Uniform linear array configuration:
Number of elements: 16
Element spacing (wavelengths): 1
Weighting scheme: blackman
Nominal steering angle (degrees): -15
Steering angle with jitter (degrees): -15.591
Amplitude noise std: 0.05
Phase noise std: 0.05

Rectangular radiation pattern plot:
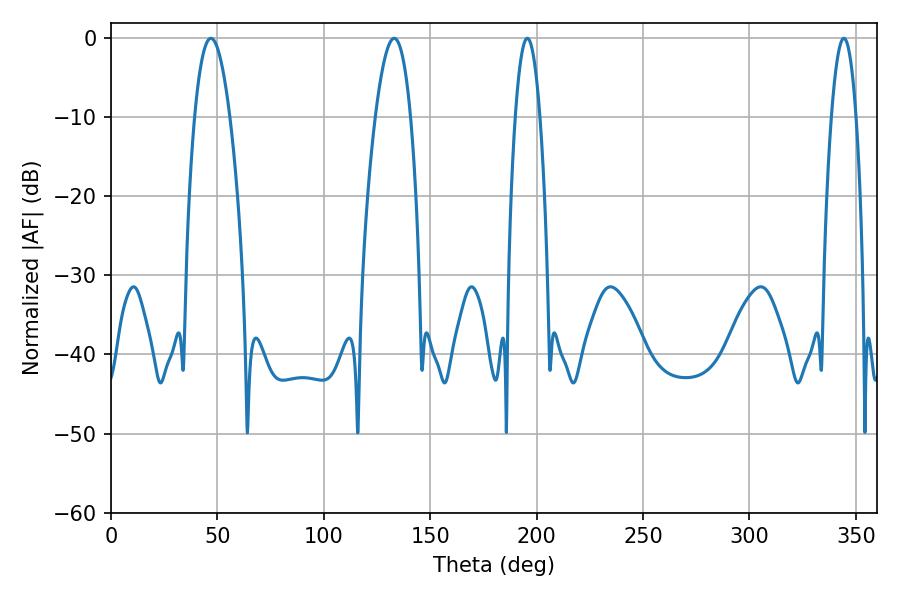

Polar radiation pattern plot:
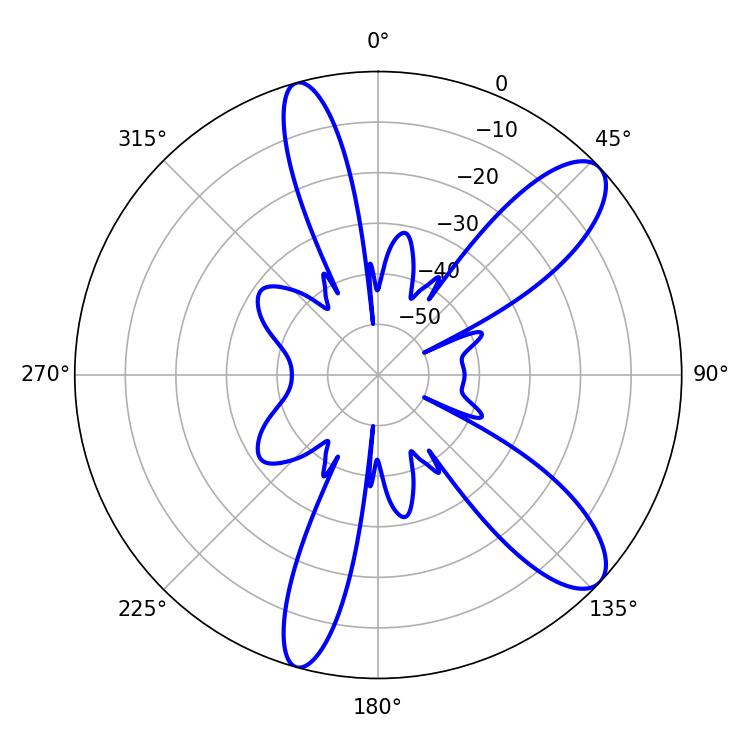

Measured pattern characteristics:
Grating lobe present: TRUE
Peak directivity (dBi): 10.332
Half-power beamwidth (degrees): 6.48
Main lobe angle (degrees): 195.66